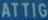
ATTIG